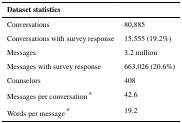
| Dataset statistics |  |
 | --- | --- |
 | Conversations | 80,885 |
 | Conversations with survey response | 15,555 (19.2%) |
 | Messages | 3.2 million |
 | Messages with survey response | 663,026 (20.6%) |
 | Counselors | 408 |
 | Messages per conversation* | 42.6 |
 | Words per message* | 19.2 |